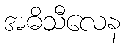
အဓိသီလေန